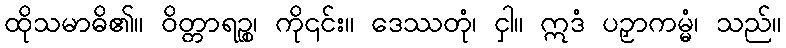
ထိုသမာဓိ၏။ ဝိတ္တာရဉ္စ၊ ကို၎င်း။ ဒေဿတုံ၊ ငှါ။ ဣဒံ ပဉှာကမ္မံ၊ သည်။